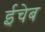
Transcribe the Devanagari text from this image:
ईचेब